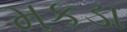
મકડા